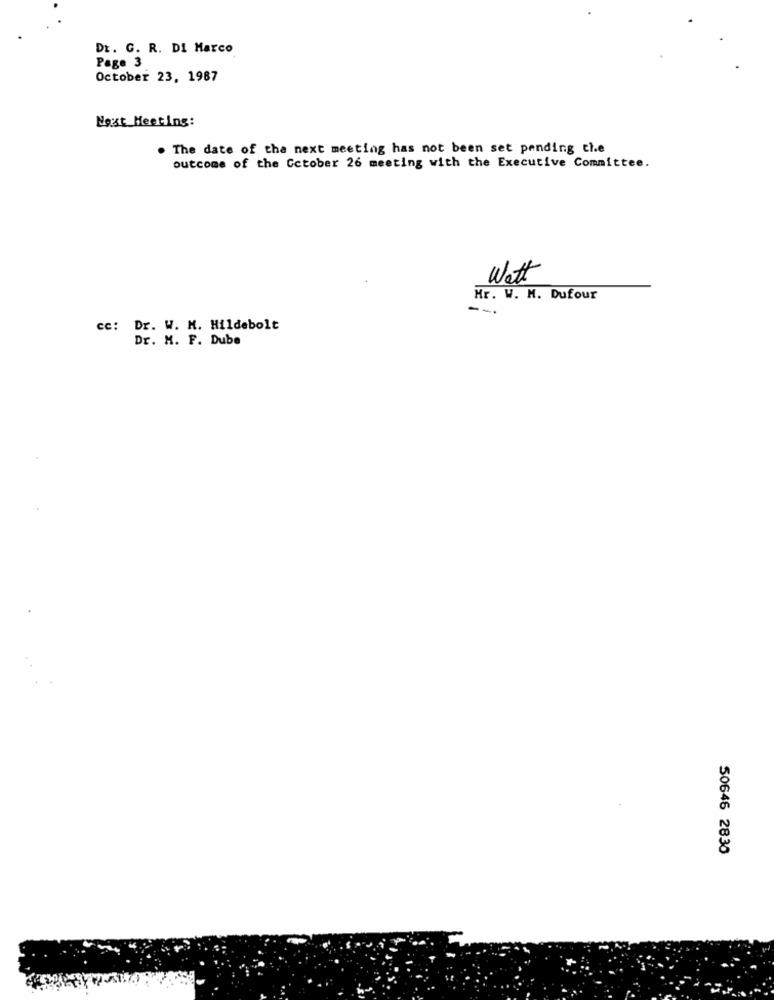
Dr. G. R. DI Marco
Page 3
October 23, 1987
Next Meeting:
. The date of the next meeting has not been set pending che
outcome of the October 26 meeting with the Executive Committee.
Watt
Mr. W. M. Dufour
--.
cc: Dr. W. M. Hildebolt
Dr. M. F. Dube
50646 2830